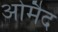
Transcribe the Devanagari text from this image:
ओमैद